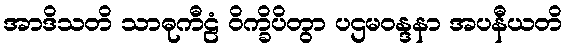
အာဒိသတိ သာဓုကီဠံ ဝိက္ခိပိတွာ ပဌမဝန္ဒနာ အပနီယတိ